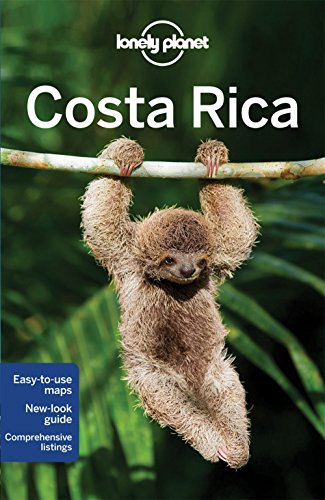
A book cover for Lonely Planet Costa Rica (Travel Guide); Lonely Planet; Sports & Outdoors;